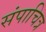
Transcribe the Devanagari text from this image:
संपाचित्र